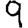
Digit: 9